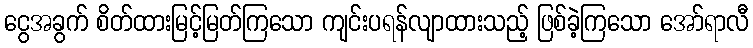
ငွေအခွက် စိတ်ထားမြင့်မြတ်ကြသော ကျင်းပရန်လျာထားသည့် ဖြစ်ခဲ့ကြသော အော်ရာလီ